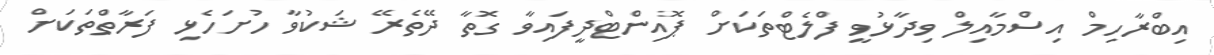
އިބްރާހިމް އިސްމާއިލް ވިދާޅުވީ ފްލެޓްތަކަށް ޕޮއިންޓްދީފައިވާ ގޮތާ ދޭތެރޭ ޝަކުވާ ހުށަހެޅި ފަރާތްތަކަށް